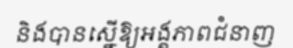
និងបានស្នើឱ្យអង្គភាពជំនាញ